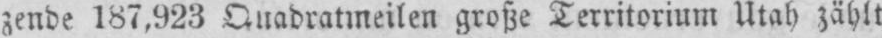
zende 187,923 Quadratmeilen große Territorium Utah zählt